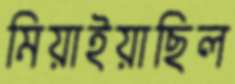
মিয়াইয়াছিল